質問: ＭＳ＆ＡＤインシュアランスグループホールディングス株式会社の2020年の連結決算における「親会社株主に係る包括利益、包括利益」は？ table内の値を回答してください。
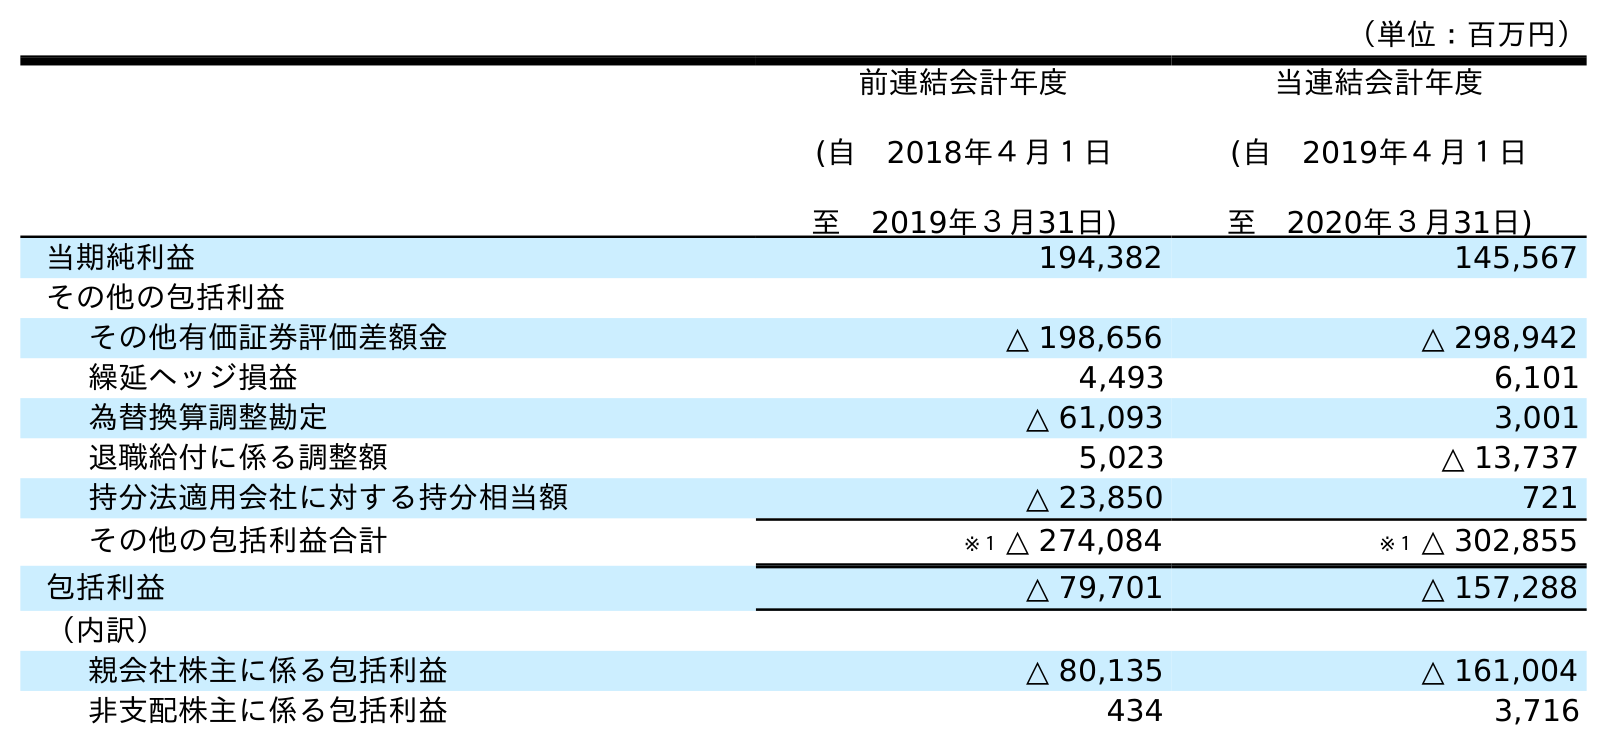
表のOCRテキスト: （単位：百万円） 前連結会計年度 (自 2018年４月１日 至 2019年３月31日) 当連結会計年度 (自 2019年４月１日 至 2020年３月31日) 当期純利益 194,382 145,567 その他の包括利益 その他有価証券評価差額金 △ 198,656 △ 298,942 繰延ヘッジ損益 4,493 6,101 為替換算調整勘定 △ 61,093 3,001 退職給付に係る調整額 5,023 △ 13,737 持分法適用会社に対する持分相当額 △ 23,850 721 その他の包括利益合計 ※１ △ 274,084 ※１ △ 302,855 包括利益 △ 79,701 △ 157,288 （内訳） 親会社株主に係る包括利益 △ 80,135 △ 161,004 非支配株主に係る包括利益 434 3,716
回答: △161,004